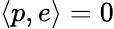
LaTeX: \langle p,e\rangle=0